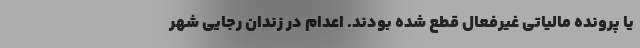
یا پرونده مالیاتی غیرفعال قطع شده بودند. اعدام در زندان رجایی شهر